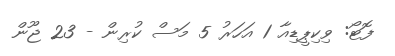
ފޮޓޯ: ވިކިޕީޑިއާ 1 އަހަރު 5 މަސް ކުރިން - 23 ޖޫން